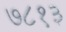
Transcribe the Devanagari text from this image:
७८१३